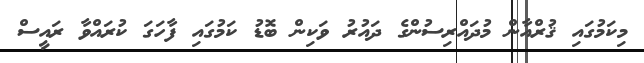
މިކަމުގައި ޤުރްއާން މުދައްރިސުންގެ ދައުރު ވަކިން ބޮޑު ކަމުގައި ފާހަގަ ކުރައްވާ ރައީސް